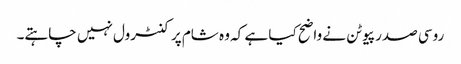
روسی صدر پیوٹن نے واضح کیا ہے کہ وہ شام پر کنٹرول نہیں چاہتے۔